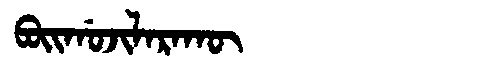
Manchu: ᠪᠣᡳᡤᠣᠵᡳᠯᠠᡵᠠᡴᡡ
Romanization: BOIGOJILARAKŪ